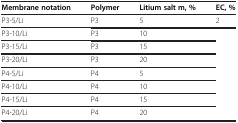
| Membrane notation | Polymer | Litium salt m, % | EC, % |
 | --- | --- | --- | --- |
 | P3-5/Li | P3 | 5 | 2 |
 | P3-10/Li | P3 | 10 |  |
 | P3-15/Li | P3 | 15 |  |
 | P3-20/Li | P3 | 20 |  |
 | P4-5/Li | P4 | 5 |  |
 | P4-10/Li | P4 | 10 |  |
 | P4-15/Li | P4 | 15 |  |
 | P4-20/Li | P4 | 20 |  |